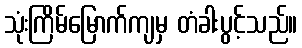
သုံးကြိမ်မြောက်ကျမှ တံခါးပွင့်သည်။